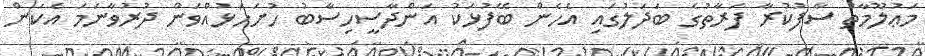
މަޢުލޫމާތު ސާފުކުރާ ފަރާތުގެ ބަދަލުގައި އެހެން ބޭފުޅަކު އަންދާސީހިސާބު ހުށަހަޅުއްވަން ދުރުވާނަމަ އެކަން